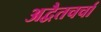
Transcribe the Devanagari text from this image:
अद्वैतचर्चा